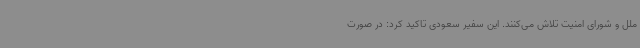
ملل و شورای امنیت تلاش می‌کنند. این سفیر سعودی تاکید کرد: در صورت